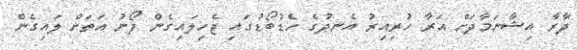
ދާރާ އިޝާނަމާދަށް އަރާ ހުރިއިރު އެނދުގެ ހެޑުބޯޑުގައި ޖެހިލައިގެން ފޯނު އަތަށް ލައިގެން